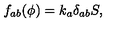
f _ { a b } ( \phi ) = k _ { a } \delta _ { a b } S ,